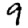
Digit: 9